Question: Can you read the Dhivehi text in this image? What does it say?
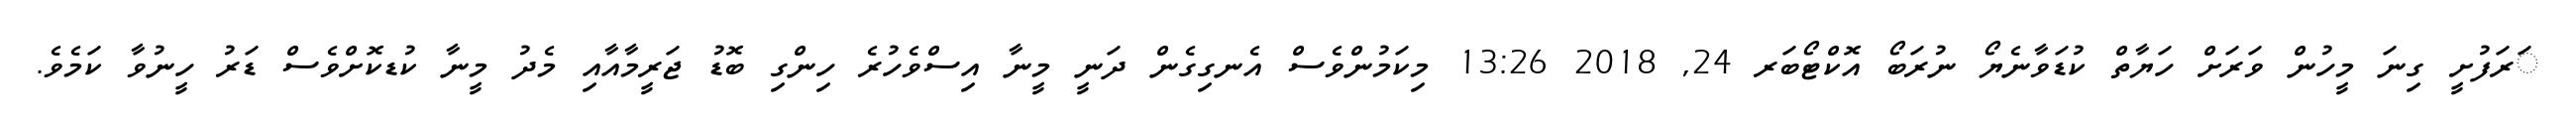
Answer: ަރަފުށީ ގިނަ މީހުން ވަރަށް ހަޔާތް ކުޑަވާނެޔޯ ނުރަބޯ އޮކްޓޯބަރ 24, 2018 13:26 މިކަމުންވެސް އެނގިގެން ދަނީ މީނާ އިސްވެހުރެ ހިންގި ބޮޑު ޖަރީމާއާއި މެދު މީނާ ކުޑކޮށްވެސް ޑަރު ހީނުވާ ކަމެވެ.